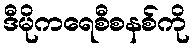
ဒီမိုကရေစီစနစ်ကို